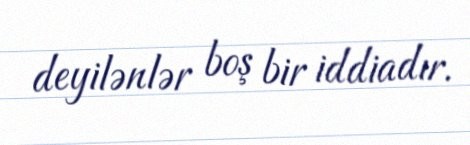
deyilənlər boş bir iddiadır.